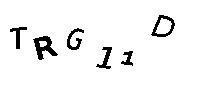
TRG11D